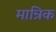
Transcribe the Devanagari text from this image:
मान्रिक